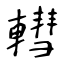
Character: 轊